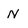
Character: N